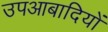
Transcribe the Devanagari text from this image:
उपआबादियों